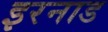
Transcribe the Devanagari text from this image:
इरनाड